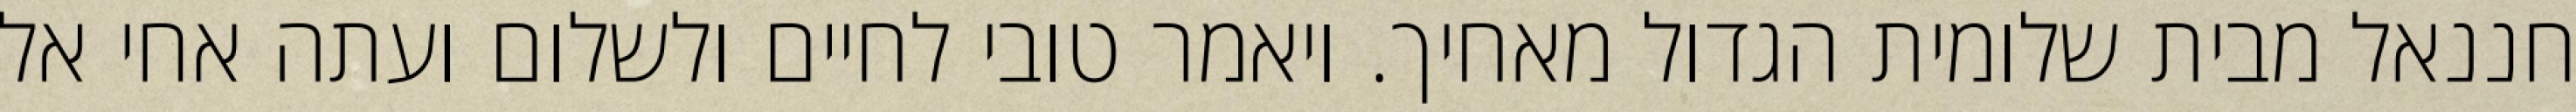
חננאל מבית שלומית הגדול מאחיך. ויאמר טובי לחיים ולשלום ועתה אחי אל